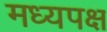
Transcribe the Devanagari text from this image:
मध्यपक्ष